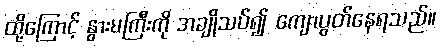
ထို့ကြောင့် နွားမကြီးကို အချိုသပ်၍ ကျောပွတ်နေရသည်။